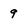
Character: 9